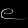
Digit: ၉